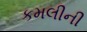
કમલીની